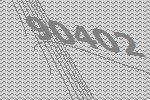
90402